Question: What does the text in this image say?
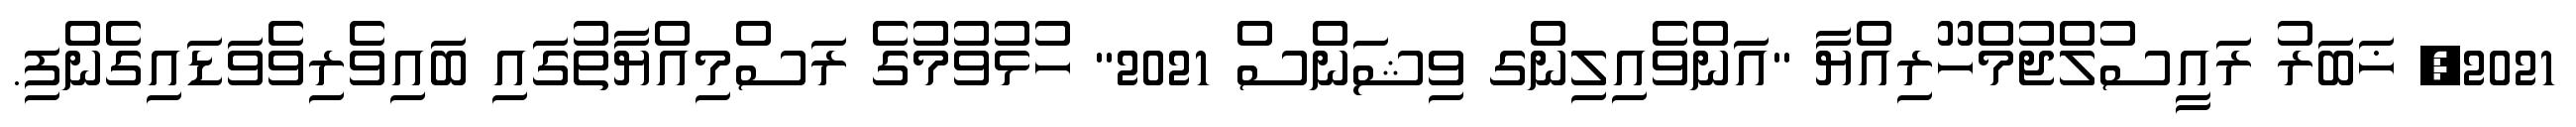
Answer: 2021, ޚަބަރު ރައީސުލްޖުމްހޫރިއްޔާ "އަންވެއިލިންގ ވިޝަންސް 2021" ހުޅުވުމުގެ ރަސްމިއްޔާތުގައި ބައިވެރިވެވަޑައިގެންފި.